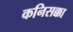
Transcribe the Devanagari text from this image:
कनिसक्का